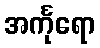
အင်္ကုရော